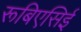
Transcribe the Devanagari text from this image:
रूबिएसिई